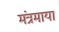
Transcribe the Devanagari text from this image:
मंत्रमाया